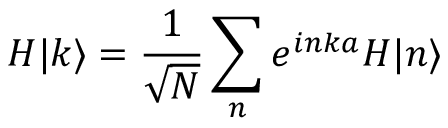
H | k \rangle = { \frac { 1 } { \sqrt { N } } } \sum _ { n } e ^ { i n k a } H | n \rangle